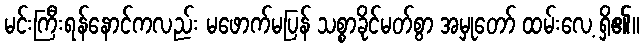
မင်းကြီးရန်နောင်ကလည်း မဖောက်မပြန် သစ္စာခိုင်မတ်စွာ အမှုတော် ထမ်းလေ့ ရှိ၏။